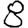
Digit: 8